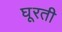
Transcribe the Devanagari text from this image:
घूरती